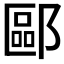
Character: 𫑧